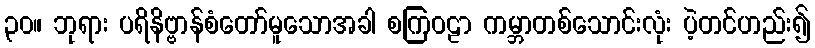
၃၀။ ဘုရား ပရိနိဗ္ဗာန်စံတော်မူသောအခါ စကြဝဠာ ကမ္ဘာတစ်သောင်းလုံး ပဲ့တင်ဟည်း၍